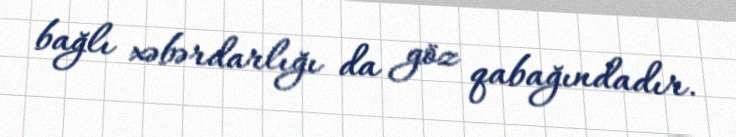
bağlı xəbərdarlığı da göz qabağındadır.